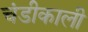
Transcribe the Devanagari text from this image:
चंडीकाली